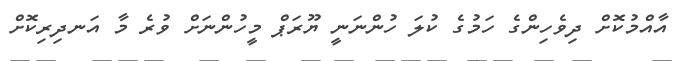
އާއްމުކޮށް ދިވެހިންގެ ހަމުގެ ކުލަ ހުންނަނީ ޔޫރަޕް މީހުންނަށް ވުރެ މާ އަނދިރިކޮށް